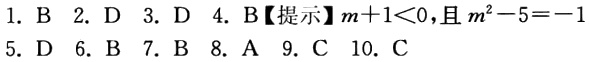
1. B 2. D 3. D 4. B【提示】$m + 1 < 0$,且$m^{2}-5=-1$
5. D 6. B 7. B 8. A 9. C 10. C